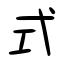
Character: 式